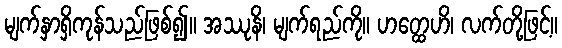
မျက်နှာရှိကုန်သည်ဖြစ်၍။ အဿုနိ၊ မျက်ရည်ကို။ ဟတ္ထေဟိ၊ လက်တို့ဖြင့်။